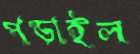
পড়াইল